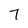
Character: 7